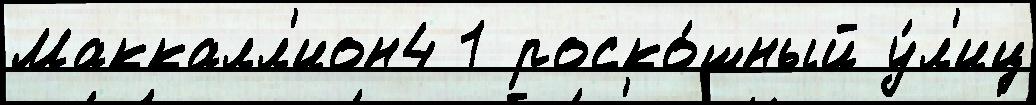
Маккалл'ион4 1 роско́шный у́л'иц